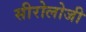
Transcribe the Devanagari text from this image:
सीरोलोजी